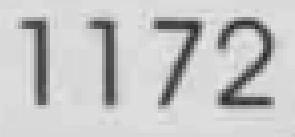
1172